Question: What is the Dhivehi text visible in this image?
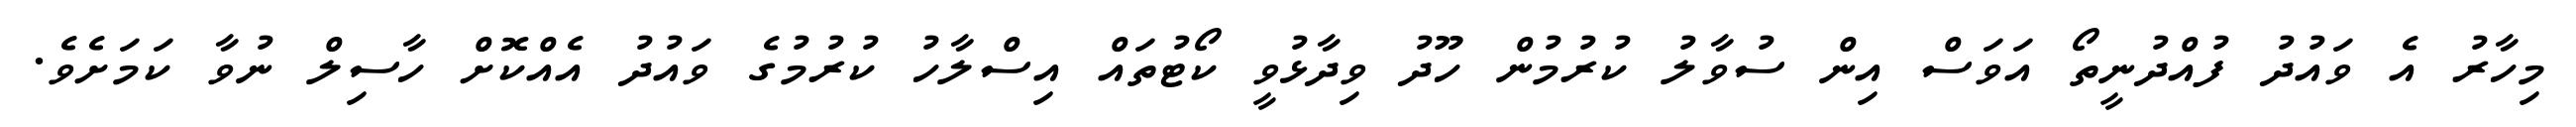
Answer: މިހާރު އެ ވައުދު ފުއްދުނީތޯ އަވަސް އިން ސުވާލު ކުރުމުން ހޫދު ވިދާޅުވީ ކޯޓުތައް އިސްލާހު ކުރުމުގެ ވައުދު އެއްކޮށް ހާސިލް ނުވާ ކަމަށެވެ.